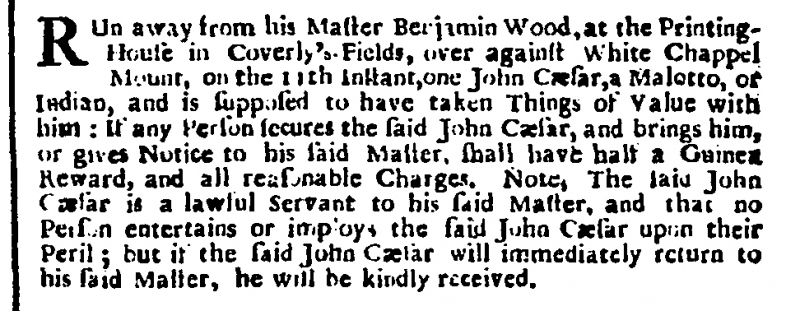
London Gazette, 20 August 1717 (England)
RUn away from his Master Benjamin Wood, at the Printing-House in Coverly’s-Fields, over against White Chappel Mount, on the 11th Instant, one John Cæsar, a Malotto, or Indian, and is supposed to have taken Things of Value with him: If any Person secures the said John Cæsar, and brings him, or gives Notice to his said Master, shall have half a Guinea Reward, and all reasonable Charges. Note, The said John Cæsar is a lawful Servant to his said Master, and that no Person entertains or imploys the said John Cæsar upon their Peril; but if the said John Cæsar will immediately return to his said Master, he will be kindly received.